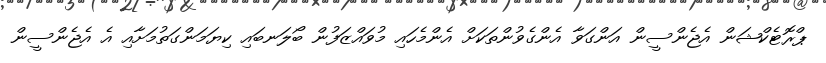
ޕްރޮޓެކްޝަން އެޖެންސީން އަންގަވާ އެންގެވުންތަކަށް އެންމެހައި މުވައްޒަފުން ބޯލަނބައި ކިޔަމަންގަތުމަށާއި އެ އެޖެންސީން